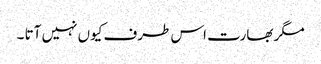
مگر بھارت اس طرف کیوں نہیں آتا ۔